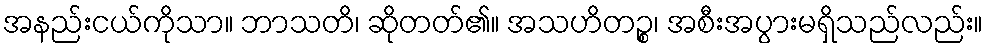
အနည်းငယ်ကိုသာ။ ဘာသတိ၊ ဆိုတတ်၏။ အသဟိတဉ္စ၊ အစီးအပွားမရှိသည်လည်း။